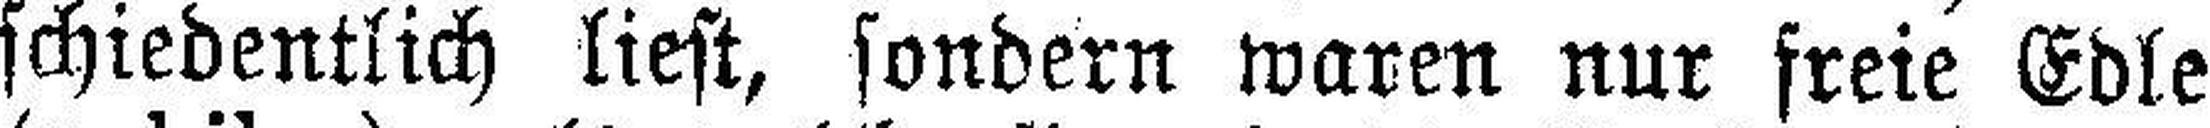
schiedentlich liest, sondern waren nur freie Edle